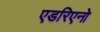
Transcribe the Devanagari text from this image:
एडरिएनो